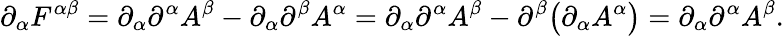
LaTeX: \partial_{\alpha}F^{\alpha\beta}=\partial_{\alpha}\partial^{\alpha}A^{\beta}-\partial_{\alpha}\partial^{\beta}A^{\alpha}=\partial_{\alpha}\partial^{\alpha}A^{\beta}-\partial^{\beta}\big(\partial_{\alpha}A^{\alpha}\big)=\partial_{\alpha}\partial^{\alpha}A^{\beta}.